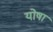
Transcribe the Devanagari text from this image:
योषा